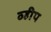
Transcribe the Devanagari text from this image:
व्हीप